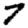
Digit: 7